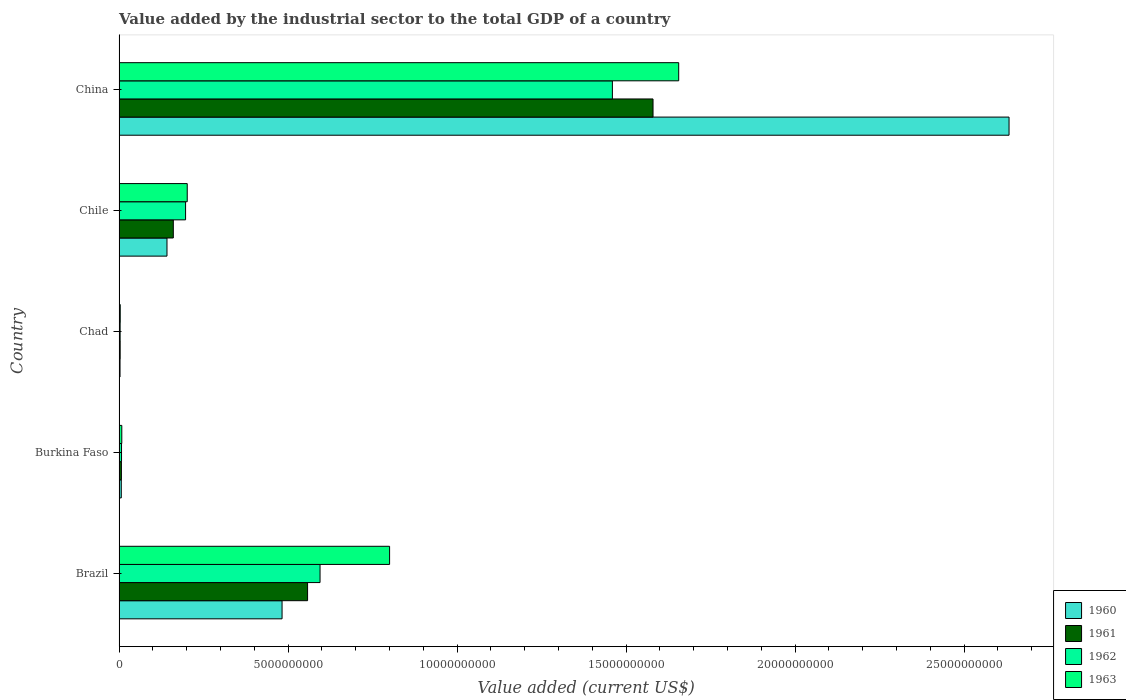
| Country | 1960 | 1961 | 1962 | 1963 |
 | --- | --- | --- | --- | --- |
 | Brazil | 4.82e+09 | 5.58e+09 | 5.95e+09 | 8e+09 |
 | Burkina Faso | 6.58e+07 | 6.97e+07 | 7.35e+07 | 8.13e+07 |
 | Chad | 2.88e+07 | 3.27e+07 | 3.17e+07 | 3.49e+07 |
 | Chile | 1.42e+09 | 1.61e+09 | 1.97e+09 | 2.02e+09 |
 | China | 2.63e+10 | 1.58e+10 | 1.46e+10 | 1.66e+10 |